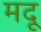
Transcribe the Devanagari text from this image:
मदू